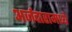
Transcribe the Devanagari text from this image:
अर्जदारामध्ये